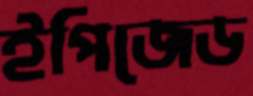
ইপিজেড